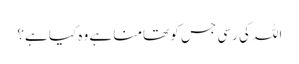
اللہ کی رسی جس کو تھامنا ہے وہ کیا ہے؟